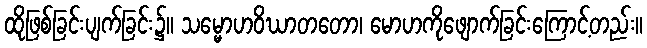
ထိုဖြစ်ခြင်းပျက်ခြင်း၌။ သမ္မောဟဝိဃာတတော၊ မောဟကိုဖျောက်ခြင်းကြောင့်တည်း။